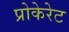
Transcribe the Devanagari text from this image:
प्रोकेरेट